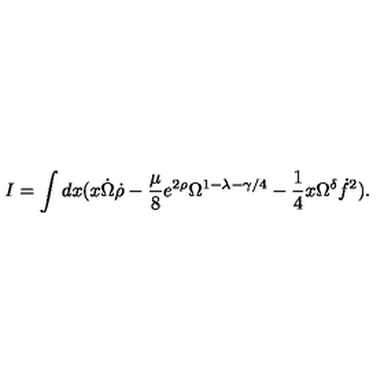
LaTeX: I = \int d x ( x \dot { \Omega } \dot { \rho } - \frac { \mu } { 8 } e ^ { 2 \rho } \Omega ^ { 1 - \lambda - \gamma / 4 } - \frac { 1 } { 4 } x \Omega ^ { \delta } \dot { f } ^ { 2 } ) .